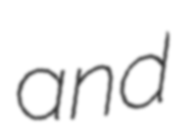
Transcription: and